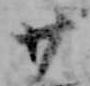
廿